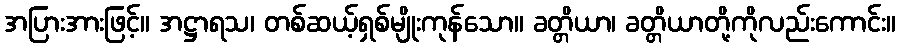
အပြားအားဖြင့်။ အဋ္ဌာရသ၊ တစ်ဆယ့်ရှစ်မျိုးကုန်သော။ ခတ္တိယာ၊ ခတ္တိယာတို့ကိုလည်းကောင်း။